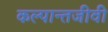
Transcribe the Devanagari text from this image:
कल्पान्तजीवी